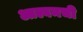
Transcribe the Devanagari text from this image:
आल्बमची